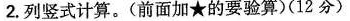
2.列竖式计算。(前面加\star的要验算)(12分)